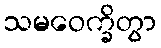
သမဝေက္ခိတွာ